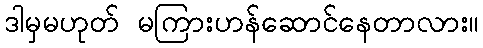
ဒါမှမဟုတ် မကြားဟန်ဆောင်နေတာလား။